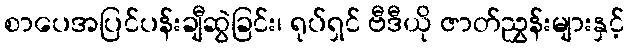
စာပေအပြင်ပန်းချီဆွဲခြင်း၊ ရုပ်ရှင် ဗီဒီယို ဇာတ်ညွှန်းများနှင့်